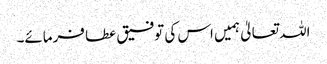
اللہ تعالیٰ ہمیں اس کی توفیق عطا فرمائے۔